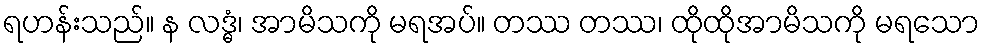
ရဟန်းသည်။ န လဒ္ဓံ၊ အာမိသကို မရအပ်။ တဿ တဿ၊ ထိုထိုအာမိသကို မရသော